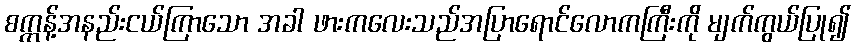
စက္ကန့်အနည်းငယ်ကြာသော အခါ ဖားကလေးသည်အပြာရောင်လောကကြီးကို မျက်ကွယ်ပြု၍